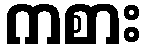
ကစား